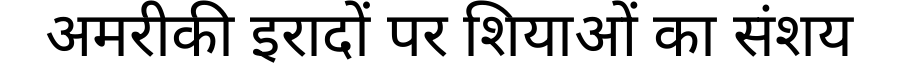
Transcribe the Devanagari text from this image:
अमरीकी इरादों पर शियाओं का संशय